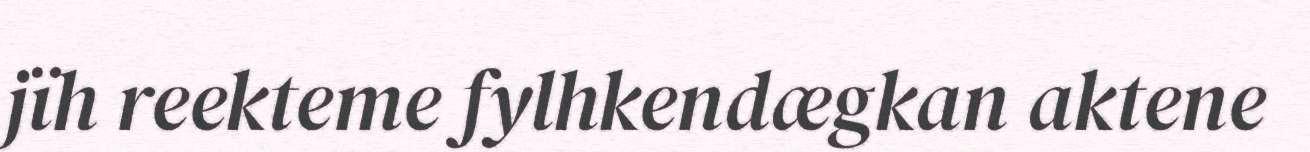
jïh reekteme fylhkendægkan aktene